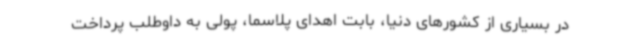
در بسیاری از کشورهای دنیا، بابت اهدای پلاسما، پولی به داوطلب پرداخت